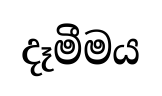
දෑමීමය